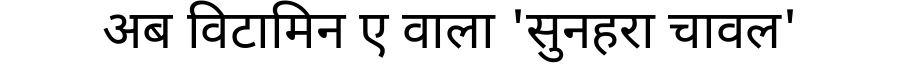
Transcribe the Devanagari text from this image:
अब विटामिन ए वाला 'सुनहरा चावल'